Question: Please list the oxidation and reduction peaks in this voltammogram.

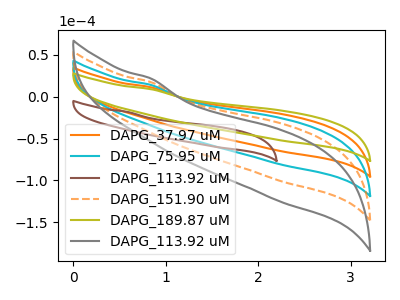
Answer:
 <answer>The orange curve "DAPG_37.97 uM" has no peaks. The cyan curve "DAPG_75.95 uM" has no peaks. The brown curve "DAPG_113.92 uM" has no peaks. The orange dashed curve "DAPG_151.90 uM" has no peaks. The olive curve "DAPG_189.87 uM" has no peaks. The gray curve "DAPG_113.92 uM" has no peaks.</answer>
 <eval></eval>